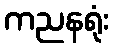
ကညနရုံး